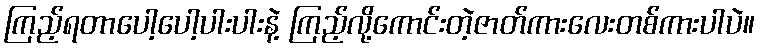
ကြည့်ရတာပေါ့ပေါ့ပါးပါးနဲ့ ကြည့်လို့ကောင်းတဲ့ဇာတ်ကားလေးတစ်ကားပါပဲ။